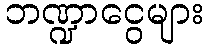
ဘဏ္ဍာငွေများ